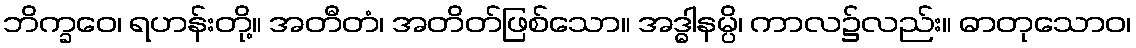
ဘိက္ခဝေ၊ ရဟန်းတို့။ အတီတံ၊ အတိတ်ဖြစ်သော။ အဒ္ဓါနမ္ပိ၊ ကာလ၌လည်း။ ဓာတုသောဝ၊